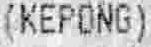
(KEPONG)